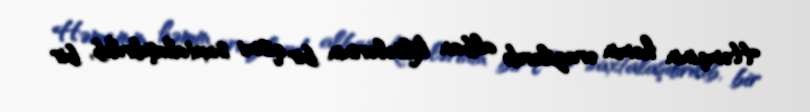
Həmçinin həmin ərazilərdə alban kilsələrinin bir qismi saxtalaşdırılıb, bir